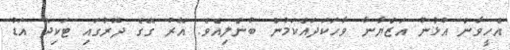
އެހީވާން އުޅުނު އަޒްޔާނާ ވާހަކަދައްކަމުން ބުނެލިއެވެ. އޭރު ގޭގެ ދޮރުގައި ޓަކިދޭ އަޑު